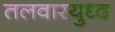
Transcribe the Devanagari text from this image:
तलवारयुध्द